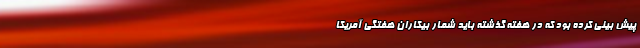
پیش بینی کرده بود که در هفته گذشته باید شمار بیکاران هفتگی آمریکا